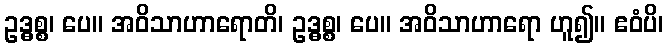
ဥဒ္ဓစ္စ၊ ပေ။ အဝိသာဟာရောတိ၊ ဥဒ္ဓစ္စ၊ ပေ။ အဝိသာဟာရော ဟူ၍။ ဧဝံပိ၊